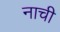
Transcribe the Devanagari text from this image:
नाची